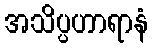
အသိပ္ပဟာရာနံ